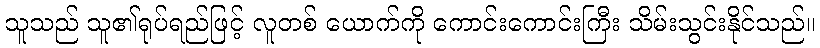
သူသည် သူ၏ရုပ်ရည်ဖြင့် လူတစ် ယောက်ကို ကောင်းကောင်းကြီး သိမ်းသွင်းနိုင်သည်။